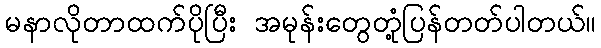
မနာလိုတာထက်ပိုပြီး အမုန်းတွေတုံ့ပြန်တတ်ပါတယ်။